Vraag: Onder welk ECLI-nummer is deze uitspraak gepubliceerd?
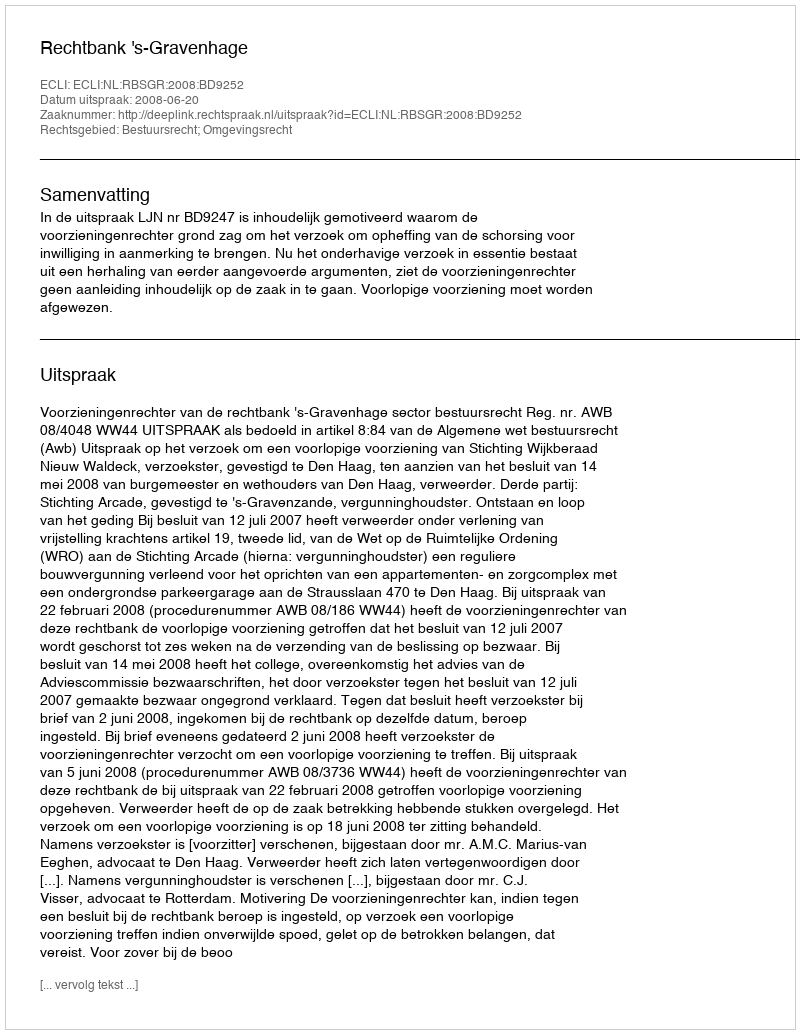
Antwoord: ECLI:NL:RBSGR:2008:BD9252